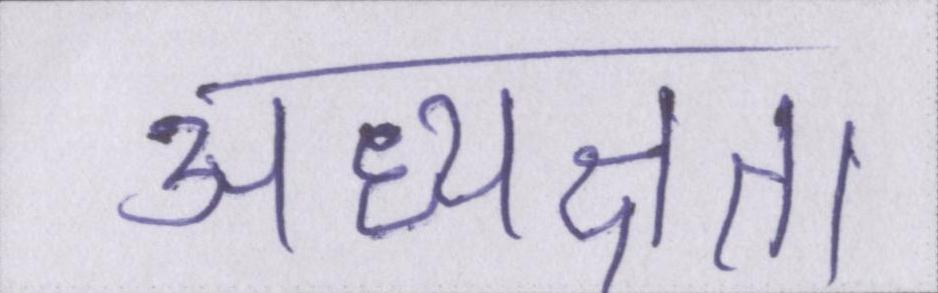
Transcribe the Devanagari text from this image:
अध्यक्षता